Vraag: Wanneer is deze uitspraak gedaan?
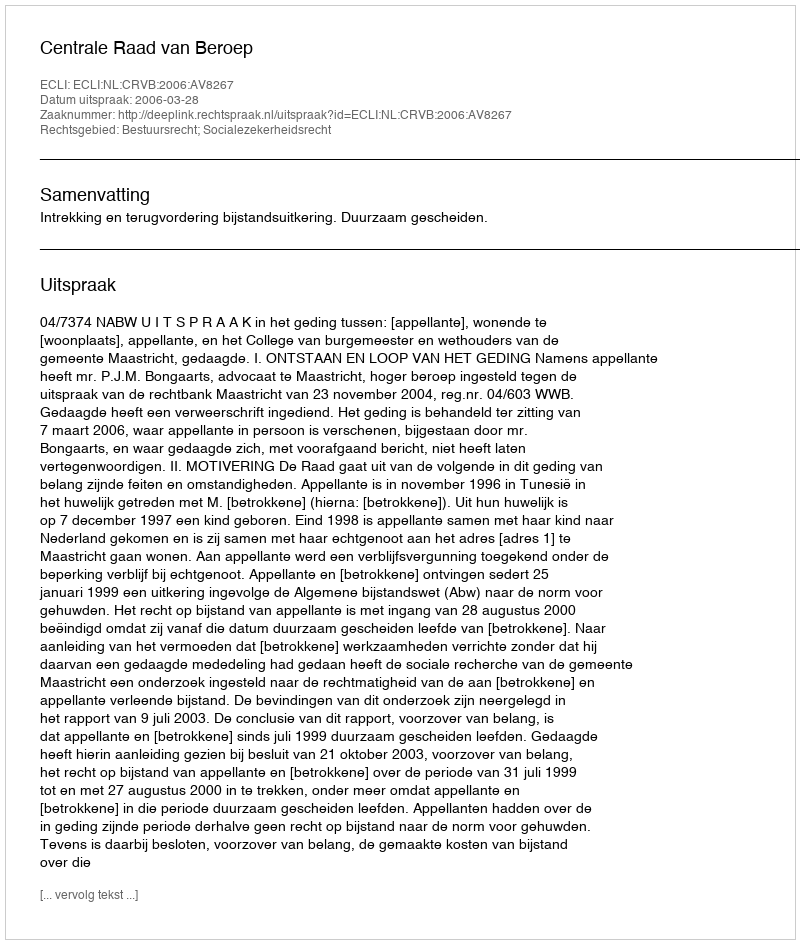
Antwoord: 2006-03-28